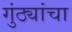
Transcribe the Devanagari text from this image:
गुंठ्यांचा